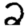
Digit: 2